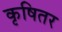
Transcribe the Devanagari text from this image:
कृषितर